Problem: 63 + 45 = ?
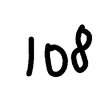
Handwritten answer: 108